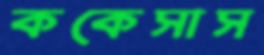
ককেসাস